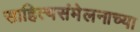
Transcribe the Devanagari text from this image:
साहित्यसंमेलनाच्या